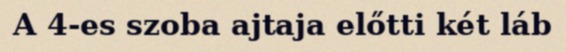
A 4-es szoba ajtaja előtti két láb